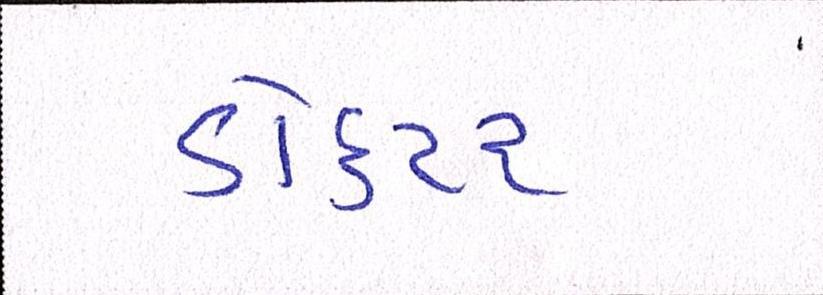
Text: ડોકટર